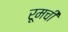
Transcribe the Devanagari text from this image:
रूमची